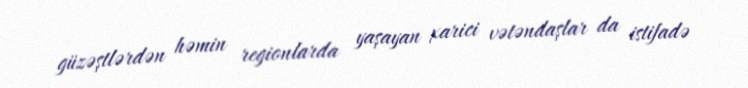
güzəştlərdən həmin regionlarda yaşayan xarici vətəndaşlar da istifadə